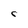
Character: C